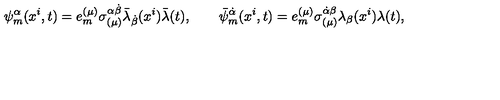
\psi _ { m } ^ { \alpha } ( x ^ { i } , t ) = e _ { m } ^ { ( \mu ) } \sigma _ { ( \mu ) } ^ { \alpha \dot { \beta } } \bar { \lambda } _ { \dot { \beta } } ( x ^ { i } ) \bar { \lambda } ( t ) , \qquad \bar { \psi } _ { m } ^ { \dot { \alpha } } ( x ^ { i } , t ) = e _ { m } ^ { ( \mu ) } \sigma _ { ( \mu ) } ^ { \dot { \alpha } \beta } \lambda _ { \beta } ( x ^ { i } ) \lambda ( t ) ,